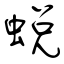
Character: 蜕